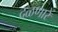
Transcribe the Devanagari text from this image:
दळणारे